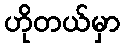
ဟိုတယ်မှာ